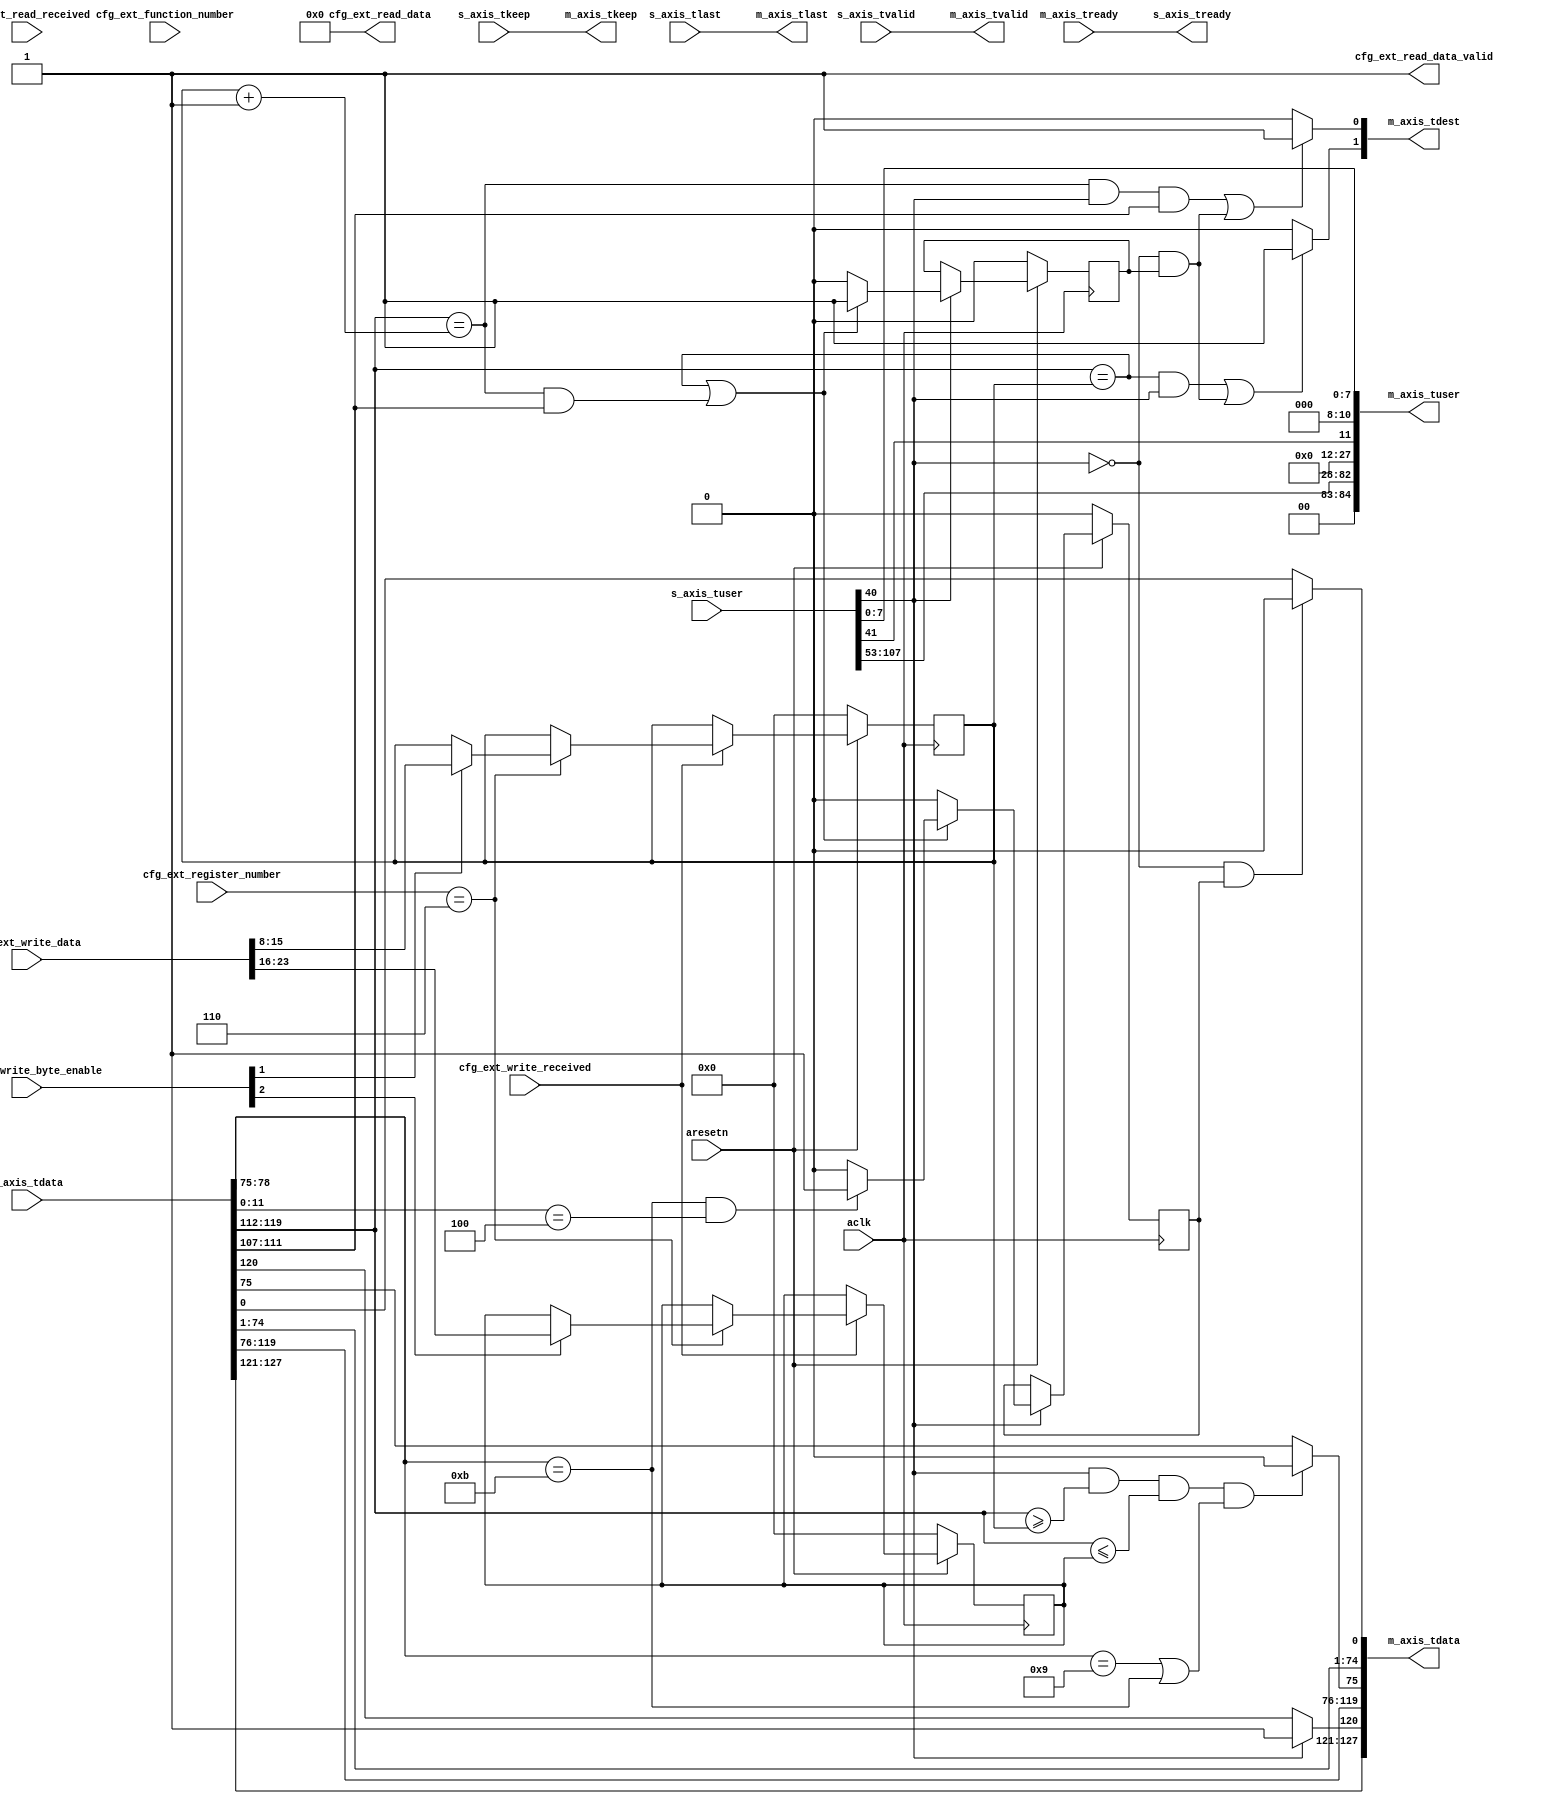
`timescale 1ns / 1ps
//////////////////////////////////////////////////////////////////////////////////
// Company: UIUC
// 
// Design Name: 
// Module Name: routing_table
// Project Name: 
// Target Devices: 
// Tool Versions: 
// Description: 
// 
// Dependencies: 
// 
// Revision:
// Revision 0.01 - File Created
// Additional Comments:
// 
//////////////////////////////////////////////////////////////////////////////////


module routing_table #(
		parameter integer TDATA_WIDTH	= 128,
		
		parameter integer TKEEP_WIDTH   = 4,
        parameter integer RQ_TUSER_WIDTH = 85,
        parameter integer CQ_TUSER_WIDTH = 108		
    ) (
    input wire [TDATA_WIDTH-1 : 0] s_axis_tdata,
    input wire [TKEEP_WIDTH-1 : 0] s_axis_tkeep,
    input wire s_axis_tlast,
    input wire [CQ_TUSER_WIDTH-1 : 0] s_axis_tuser,
    input wire s_axis_tvalid,
    output wire s_axis_tready,
    
    output wire [1:0] m_axis_tdest,  
    output wire [TDATA_WIDTH-1 : 0] m_axis_tdata,
    output wire [TKEEP_WIDTH-1 : 0] m_axis_tkeep,
    output wire m_axis_tlast,
    output wire [RQ_TUSER_WIDTH-1 : 0] m_axis_tuser,
    output wire m_axis_tvalid,
    input wire m_axis_tready,  
    
    input wire cfg_ext_read_received,
    input wire cfg_ext_write_received,
    input wire [9:0] cfg_ext_register_number,
    input wire [7:0] cfg_ext_function_number,
    input wire [31:0] cfg_ext_write_data,
    input wire [3:0] cfg_ext_write_byte_enable,
    output wire [31:0] cfg_ext_read_data,
    output wire cfg_ext_read_data_valid,
    //  additional ports here
    input aclk,
    input aresetn
    );
    
assign cfg_ext_read_data = 32'h0000_0000;
assign cfg_ext_read_data_valid = 1'b1;

reg [7:0] subordinate_bus_number_up;
reg [7:0] secondary_bus_number_up;
reg [7:0] primary_bus_number_up;
reg cfg_write;
reg disable_io;

wire [3:0] request_type;
wire [7:0] bus_number; 

always @(posedge aclk) begin
    if (~aresetn) begin
        subordinate_bus_number_up <= 8'b00000000;
        secondary_bus_number_up <= 8'b00000000;
        primary_bus_number_up <= 8'b00000000;
    end
    else begin
        if (cfg_ext_write_received) begin
            if (cfg_ext_register_number == 10'b110) begin
                if (cfg_ext_write_byte_enable[0])
                    primary_bus_number_up <= cfg_ext_write_data[7:0];
                if (cfg_ext_write_byte_enable[1])
                    secondary_bus_number_up <= cfg_ext_write_data[15:8];
                if (cfg_ext_write_byte_enable[2])
                    subordinate_bus_number_up <= cfg_ext_write_data[23:16];
            end
        end
    end
end

always @(posedge aclk) begin
    if (~aresetn) begin
        cfg_write <= 1'b0;
        disable_io <= 1'b0;
    end
    else begin
        if (s_axis_tuser[40]) begin
            if (bus_number == secondary_bus_number_up || ((bus_number == (secondary_bus_number_up + 1'b1) && s_axis_tdata[111:107]))) begin
                cfg_write <= 1'b1;
                
                if (request_type == 4'b1011 && s_axis_tdata[11:0] == 12'h004) begin
                    disable_io <= 1'b1;
                end
                else begin
                    disable_io <= 1'b0;
                end
            end
            else begin
                cfg_write <= 1'b0;
                disable_io <= 1'b0;
            end
        end
    end
end

assign request_type = s_axis_tdata[78:75];
assign bus_number = s_axis_tdata[119:112];

assign m_axis_tdata = {s_axis_tdata[127:121],
                      s_axis_tuser[40] ? 1'b1 : s_axis_tdata[120],
                      s_axis_tdata[119:76],
                      (s_axis_tuser[40] &&
                      bus_number >= secondary_bus_number_up &&
                      bus_number <= subordinate_bus_number_up &&
                      (request_type == 4'b1001 || request_type == 4'b1011)) ? 1'b0 : s_axis_tdata[75],
                      s_axis_tdata[74:1],
                      (~s_axis_tuser[40] && disable_io) ? 1'b0 : s_axis_tdata[0]};

assign m_axis_tdest[0] = ((bus_number == (secondary_bus_number_up + 1'b1) && s_axis_tuser[40] && s_axis_tdata[111:107]) || (~s_axis_tuser[40] && cfg_write)) ? 1'b1 : 1'b0;
assign m_axis_tdest[1] = ((bus_number == secondary_bus_number_up && s_axis_tuser[40]) || (~s_axis_tuser[40] && cfg_write)) ? 1'b1 : 1'b0;          

assign m_axis_tvalid = s_axis_tvalid;
assign s_axis_tready = m_axis_tready;
assign m_axis_tkeep = s_axis_tkeep;
assign m_axis_tuser = {s_axis_tuser[107], s_axis_tuser[106], s_axis_tuser[105:86], s_axis_tuser[85], s_axis_tuser[84:53], 4'b0000, 12'h000, s_axis_tuser[41], 3'b000, s_axis_tuser[7:4], s_axis_tuser[3:0]};
assign m_axis_tlast = s_axis_tlast;

endmodule